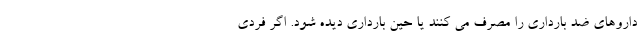
داروهای ضد بارداری را مصرف می کنند یا حین بارداری دیده شود. اگر فردی